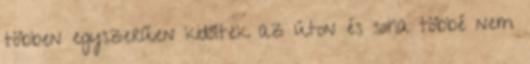
többen egyszerűen kidőltek az úton és soha többé nem